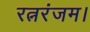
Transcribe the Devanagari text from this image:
रत्नरंजम।